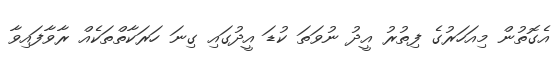
އެގޮތުން މިއަހަރުގެ ފިތުރު އީދު ނުވަތަ ކުޑަ އީދުގައި ގިނަ ހަރަކާތްތަކެއް ރާވާފައިވާ